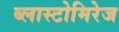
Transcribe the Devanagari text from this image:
ब्लास्टोमिरेज